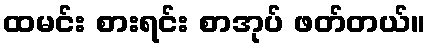
ထမင်း စားရင်း စာအုပ် ဖတ်တယ်။